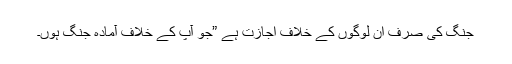
جنگ کی صرف ان لوگوں کے خلاف اجازت ہے ”جو آپ کے خلاف آمادہ جنگ ہوں۔